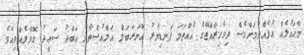
މާޙައުލެއް އުފެއްދުމަށްވެސް ދިވެހިރާއްޖޭގެ އުއްތަމަ ފަނޑިޔާރު އޮނަރަބަލް އަލްއުސްތާޛު ޢަބްދު ސަޢީދު ގޮވާލެއްވިއެވެ.